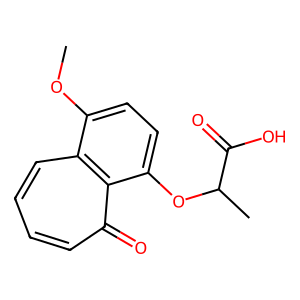
SMILES: COc1ccc(OC(C)C(=O)O)c2c(=O)ccccc12
Inhibits HIV replication: No